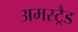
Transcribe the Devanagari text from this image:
अमस्ट्रैड